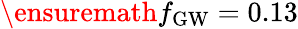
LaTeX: \ensuremath{f_{\mathrm{GW}}}=0.13